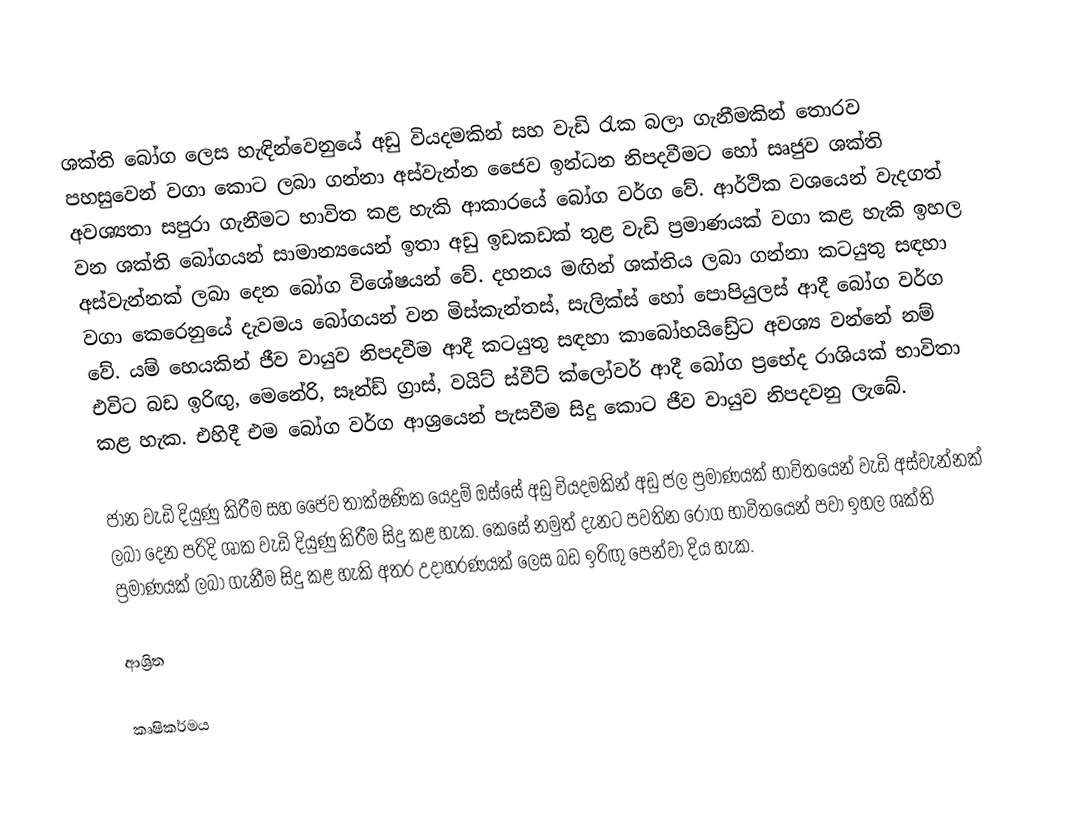
ශක්ති බෝග ලෙස හැඳින්වෙනුයේ අඩු වියදමකින් සහ වැඩි රැක බලා ගැනීමකින් තොරව පහසුවෙන් වගා කොට ලබා ගන්නා අස්වැන්න ජෛව ඉන්ධන නිපදවීමට හෝ සෘජුව ශක්ති අවශ්‍යතා සපුරා ගැනීමට භාවිත කළ හැකි ආකාරයේ බෝග වර්ග වේ. ආර්ථික වශයෙන් වැදගත් වන ශක්ති බෝගයන් සාමාන්‍යයෙන් ඉතා අඩු ඉඩකඩක් තුළ වැඩි ප්‍රමාණයක් වගා කළ හැකි ඉහල අස්වැන්නක් ලබා දෙන බෝග විශේෂයන් වේ. දහනය මඟින් ශක්තිය ලබා ගන්නා කටයුතු සඳහා වගා කෙරෙනුයේ දැවමය බෝගයන් වන මිස්කැන්තස්, සැලික්ස් හෝ පොපියුලස් ආදී බෝග වර්ග වේ. යම් හෙයකින් ජීව වායුව නිපදවීම ආදී කටයුතු සඳහා කාබෝහයිඩ්‍රේට අවශ්‍ය වන්නේ නම් එවිට බඩ ඉරිඟු, මෙනේරි, සෑන්ඩ් ග්‍රාස්, වයිට් ස්වීට් ක්ලෝවර් ආදී බෝග ප්‍රභේද රාශියක් භාවිතා කළ හැක. එහිදී එම බෝග වර්ග ආශ්‍රයෙන් පැසවීම සිදු කොට ජීව වායුව නිපදවනු ලැබේ.

ජාන වැඩි දියුණු කිරීම සහ ජෛව තාක්ෂණික යෙදුම් ඔස්සේ අඩු වියදමකින් අඩු ජල ප්‍රමාණයක් භාවිතයෙන් වැඩි අස්වැන්නක් ලබා දෙන පරිදි ශාක වැඩි දියුණු කිරීම සිදු කළ හැක. කෙසේ නමුත් දැනට පවතින රෝග භාවිතයෙන් පවා ඉහල ශක්ති ප්‍රමාණයක් ලබා ගැනීම සිදු කළ හැකි අතර උදාහරණයක් ලෙස බඩ ඉරිඟු පෙන්වා දිය හැක.

ආශ්‍රිත

කෘෂිකර්මය